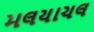
મલયાચલ